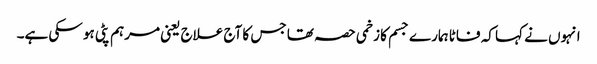
انہوں نے کہا کہ فاٹا ہمارے جسم کا زخمی حصہ تھا جس کا آج علاج یعنی مرہم پٹی ہو سکی ہے۔